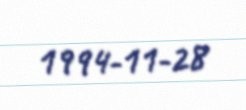
1994-11-28